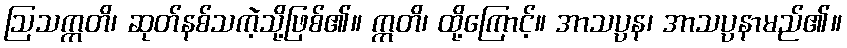
ဩသက္ကတိ၊ ဆုတ်နစ်သကဲ့သို့ဖြစ်၏။ ဣတိ၊ ထို့ကြောင့်။ အာသပ္ပန၊ အာသပ္ပနာမည်၏။